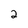
Character: 2